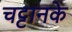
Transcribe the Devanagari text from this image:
चट्टानके